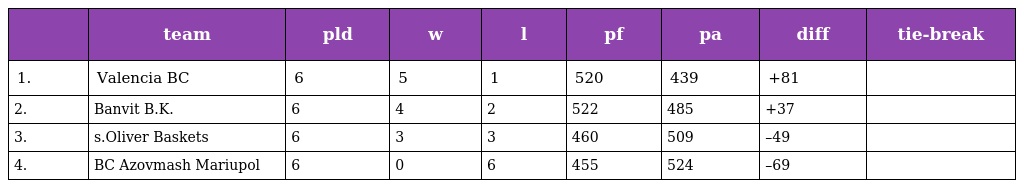
|  | team | pld | w | l | pf | pa | diff | tie-break |
 | --- | --- | --- | --- | --- | --- | --- | --- | --- |
 | 1. | Valencia BC | 6 | 5 | 1 | 520 | 439 | +81 |  |
 | 2. | Banvit B.K. | 6 | 4 | 2 | 522 | 485 | +37 |  |
 | 3. | s.Oliver Baskets | 6 | 3 | 3 | 460 | 509 | –49 |  |
 | 4. | BC Azovmash Mariupol | 6 | 0 | 6 | 455 | 524 | –69 |  |